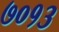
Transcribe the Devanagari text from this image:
७०१३